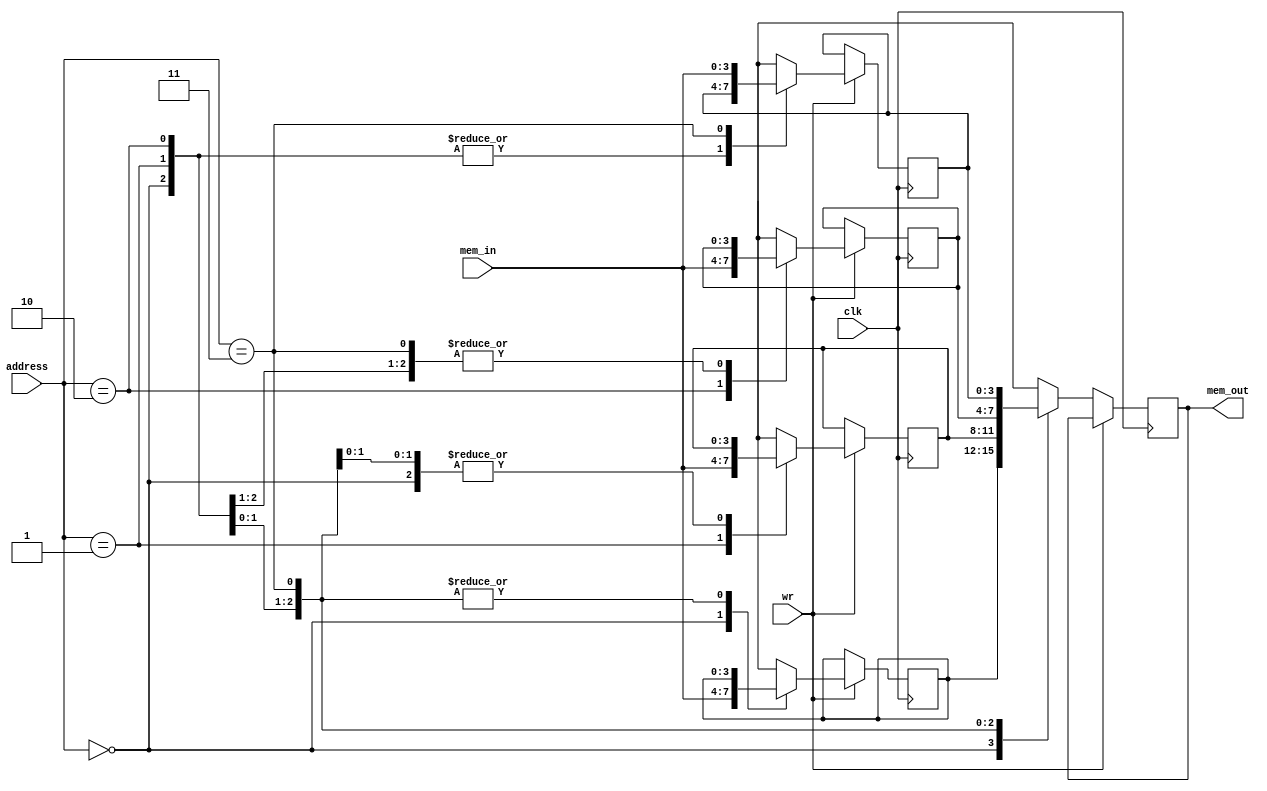
/* 4 x 4 read wirte memory*/ 

module memory(output reg [3:0]mem_out,
	 input wire [1:0]address,
	 input wire [3:0] mem_in, input wire clk, wr);

/* my memory*/
reg [3:0] mem [0:3];
/* read operation */ 
always @ (posedge clk)
if(wr)
	mem[address] = mem_in;	
else
	
	mem_out = mem[address];
	
endmodule